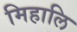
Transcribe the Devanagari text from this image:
मिहालि